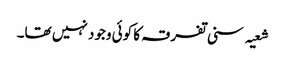
شعیہ سنی تفرقہ کا کوئی وجود نہیں تھا۔